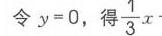
令 \(y = 0\)，得 \(\frac{1}{3}x\)